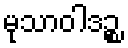
မုသာဝါဒဉ္စ